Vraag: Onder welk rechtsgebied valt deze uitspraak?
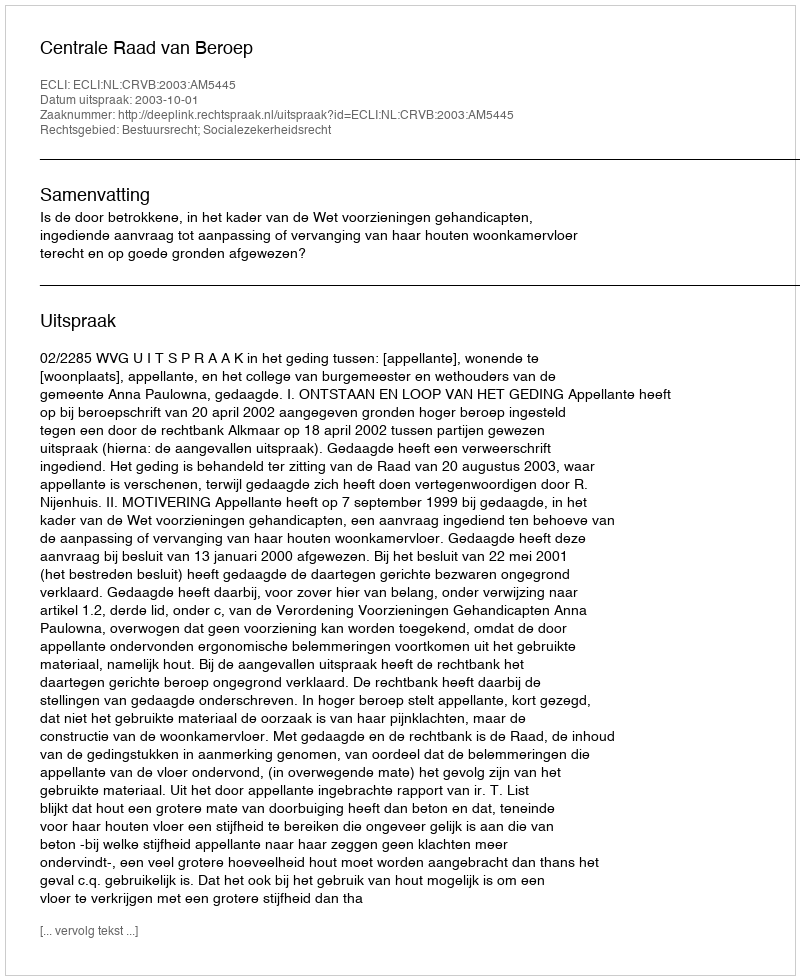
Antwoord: Bestuursrecht; Socialezekerheidsrecht